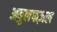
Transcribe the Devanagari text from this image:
अबुलफज़ल